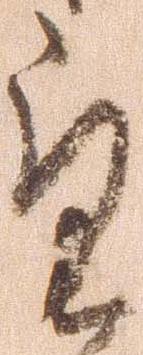
望